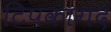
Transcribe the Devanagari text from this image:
टिपकागद